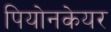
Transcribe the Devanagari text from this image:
पियोनकेयर